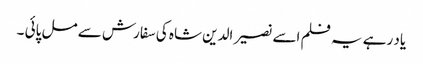
یاد رہے یہ فلم اسے نصیر الدین شاہ کی سفارش سے مل پائی ۔